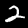
Label: 2